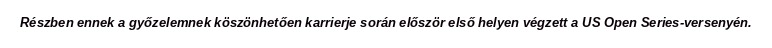
Részben ennek a győzelemnek köszönhetően karrierje során először első helyen végzett a US Open Series-versenyén.